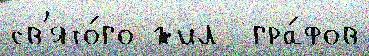
св'ято́го жил  гра́фов